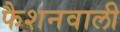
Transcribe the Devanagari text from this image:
फैशनवाली